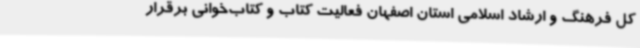
کل فرهنگ و ارشاد اسلامی استان اصفهان فعالیت کتاب و کتاب‌خوانی برقرار